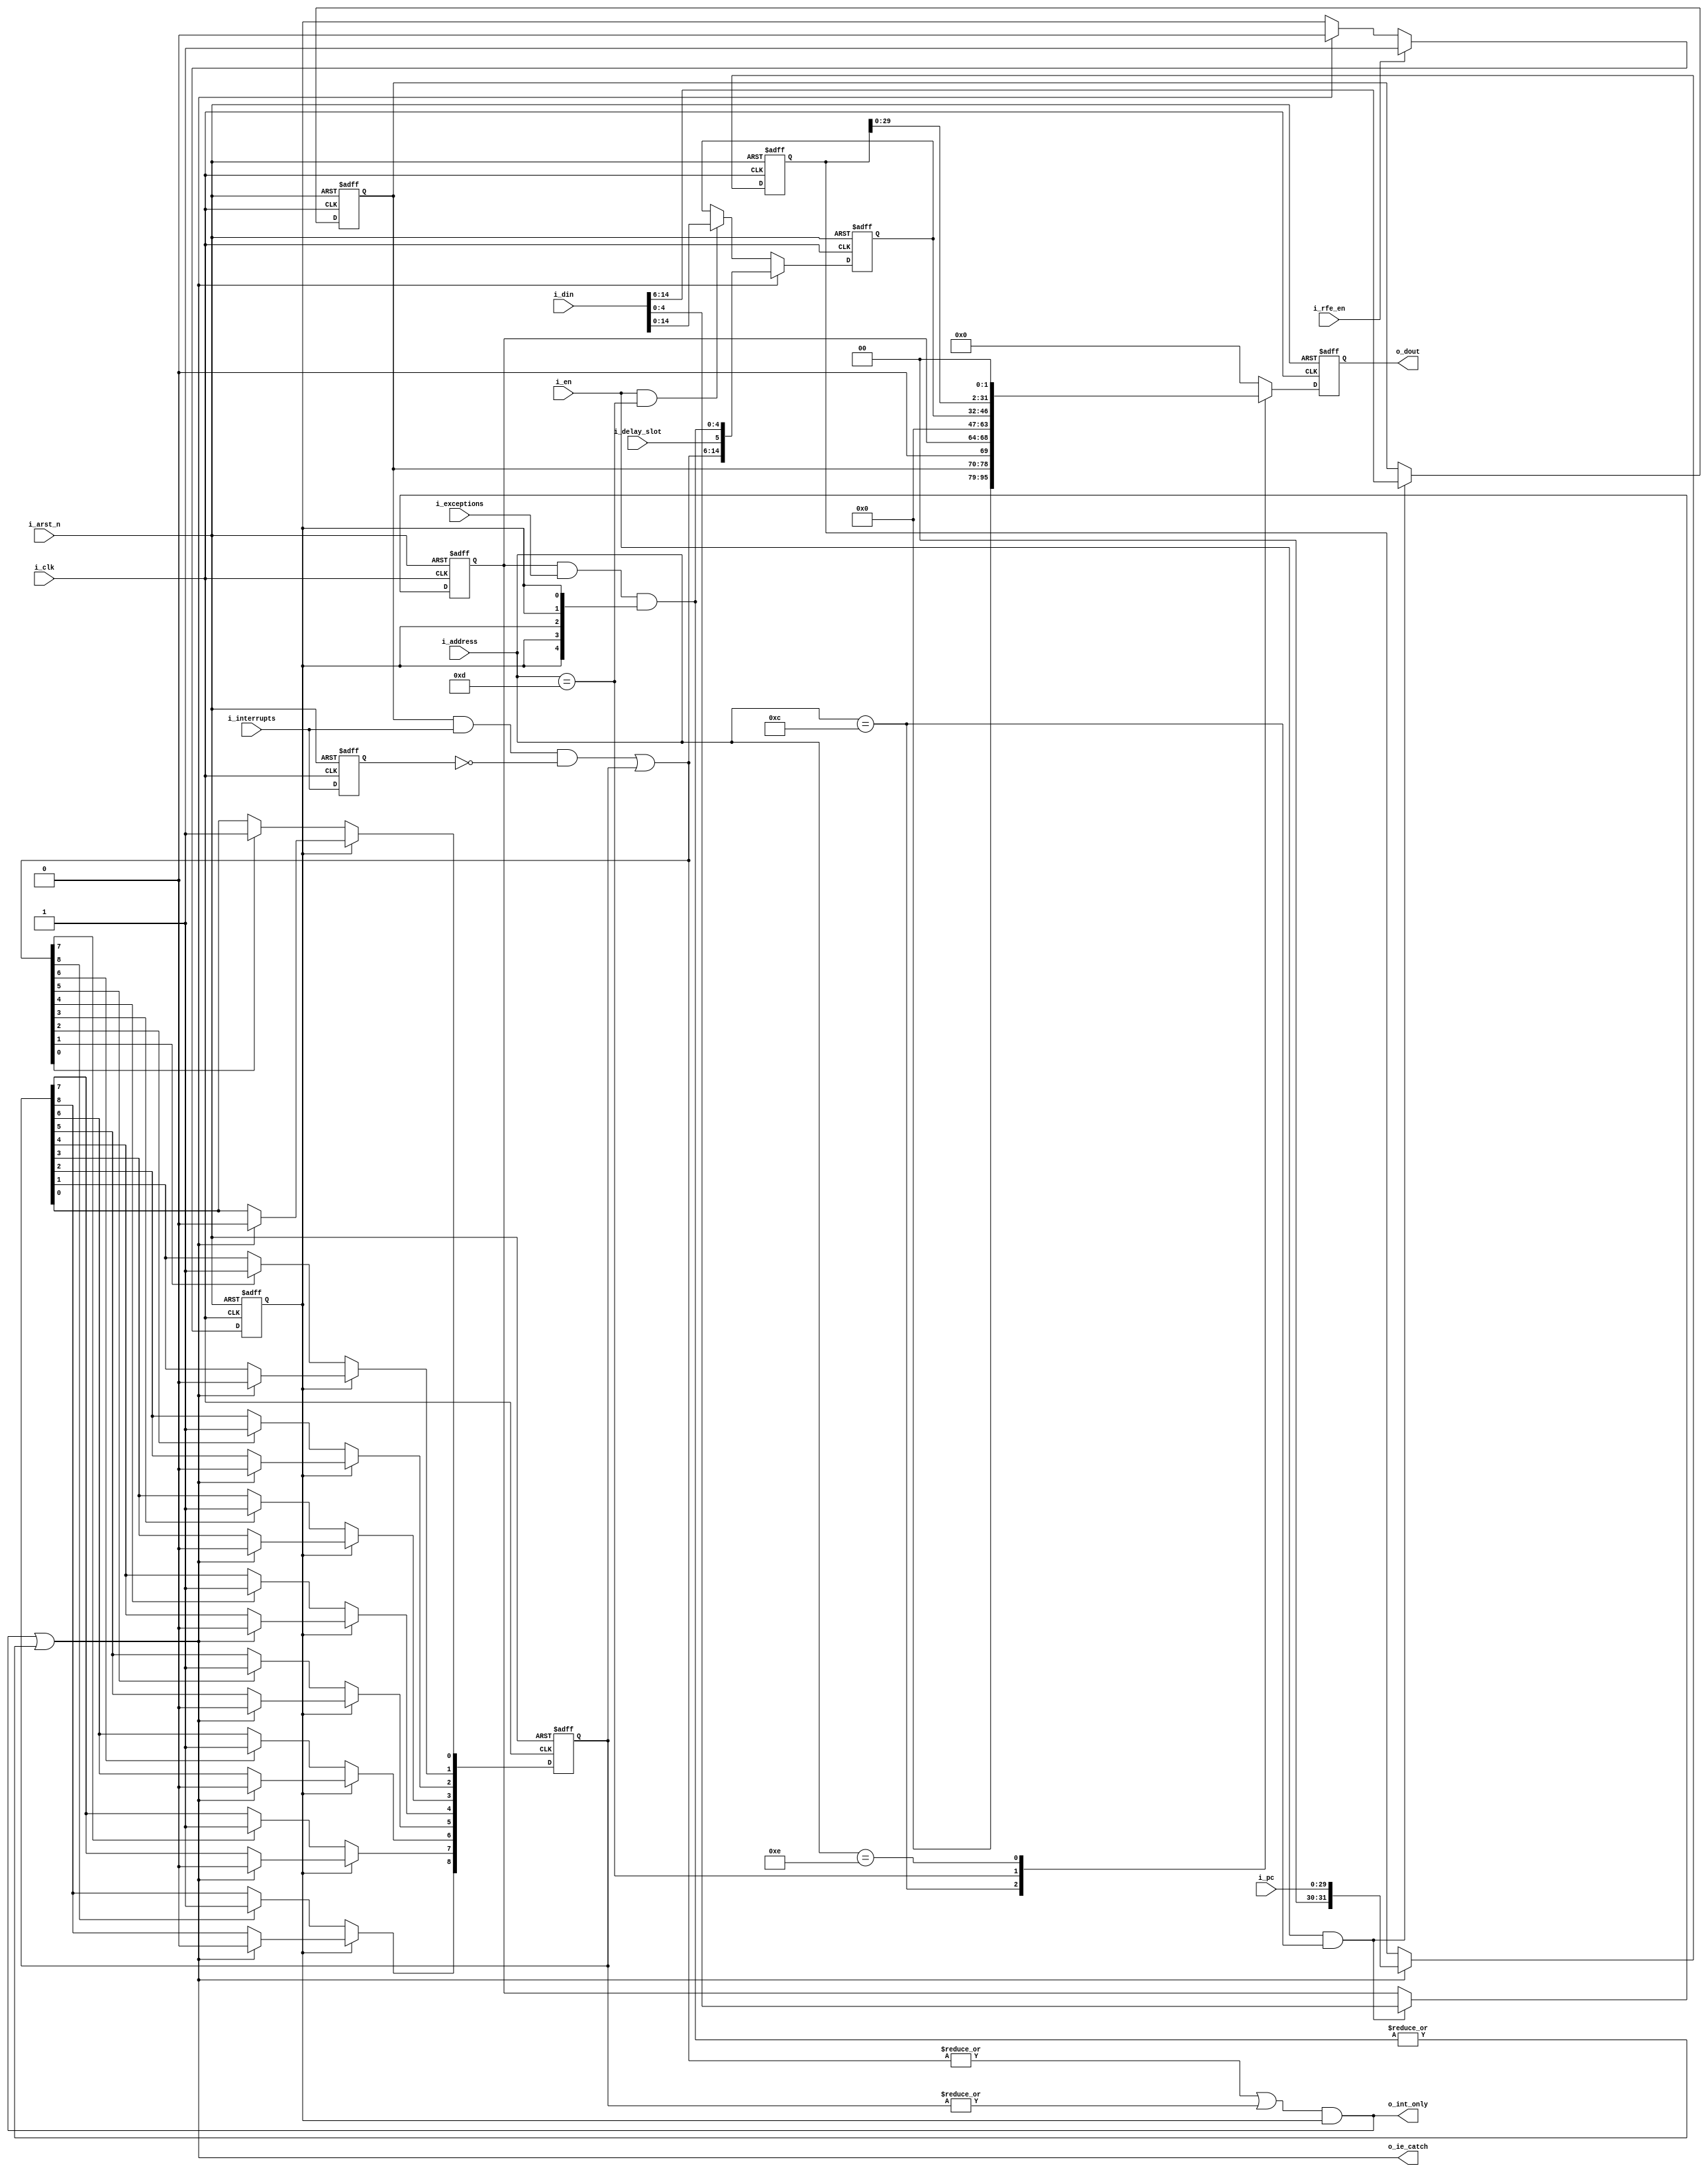
//////////////////////////////////////////////////////////////////////////
//description: control of interrupt & exeption                          //
//////////////////////////////////////////////////////////////////////////

`timescale 1ns/1ps

module coprocessor(i_clk, i_arst_n, i_en, i_address, i_din, i_rfe_en, 
                    i_interrupts, i_delay_slot, i_exceptions,
                    i_pc,
                    o_dout, o_ie_catch, o_int_only);

  parameter DATA_WIDTH = 32;
  parameter PC_WIDTH = 30;
  parameter REG_ADDR_WIDTH = 5;
	parameter	N_INTS = 9;

  //Port declaration
  input                           i_clk;
  input                           i_arst_n;
  input                           i_en;             //enable write
  input [REG_ADDR_WIDTH - 1 : 0]  i_address;
  input [DATA_WIDTH - 1 : 0]      i_din;

  input                           i_rfe_en;            //return from exeption(interrupt)

	input [4 : 0] 									i_exceptions;
	input 													i_delay_slot;
	input [N_INTS - 1 : 0]	 				i_interrupts;


  input [PC_WIDTH - 1 : 0]        i_pc;

  output reg [DATA_WIDTH - 1 : 0] o_dout;

  output                          o_ie_catch;
  output                          o_int_only;     //interrupt received

  //--------------------------internal variable--------------------------
  localparam  QUANTITY_INT = 6 + N_INTS; 

  localparam  STATUS_ADDR = 5'd12,
              CAUSE_ADDR = 5'd13,
              EPC_ADDR = 5'd14;

	integer i;

  reg  [4 : 0] 								mask_exceptions;
  reg  [N_INTS - 1 : 0] 			mask_interrupts;
  reg                         int_all_en;

	reg  [N_INTS - 1 : 0] 			interrupts_ff;
  wire  [4 : 0] 							cause_exceptions;
  wire  [N_INTS - 1 : 0] 			cause_interrupts;
  reg  [N_INTS - 1 : 0] 			pending_interrupts;
  reg  [QUANTITY_INT - 1 : 0] cause;

  reg  [DATA_WIDTH - 1 : 0]   dout_nxt;
	reg [DATA_WIDTH - 1 : 0] 		o_epc;

  //----------------------------------------------------------------------------------------------------------
 	//for detectings front
  always @(posedge i_clk, negedge i_arst_n) begin
		if(!i_arst_n)
			interrupts_ff <= {N_INTS{1'b0}};
		else
			interrupts_ff <= i_interrupts;
	end
	
	assign cause_exceptions = mask_exceptions & i_exceptions & {5{int_all_en}};
	assign cause_interrupts = (mask_interrupts & i_interrupts & ~interrupts_ff) | pending_interrupts;
  assign o_int_only = (|cause_interrupts | (|pending_interrupts)) & int_all_en;
	assign o_ie_catch = o_int_only | (|cause_exceptions);     

  //flip-flop which control all interrupt is allowed or not
  //order is important
  always @(posedge i_clk, negedge i_arst_n) begin
    if(!i_arst_n)
      int_all_en <= 1;
    else if(i_rfe_en)
      int_all_en <= 1;
    else if(o_ie_catch)
      int_all_en <= 0;    //if detect interrupt, than int_all_en = 0
  end

  //what interrupt is allowed
  always @(posedge i_clk, negedge i_arst_n) begin
    if(!i_arst_n) begin
      mask_interrupts <= {N_INTS{1'b1}};
      mask_exceptions <= 5'h1f;
    end else if(i_en & (i_address == STATUS_ADDR)) begin
      mask_interrupts <= i_din[QUANTITY_INT - 1 : 6];
      mask_exceptions <= i_din[4 : 0];
		end
  end
	
	always @(posedge i_clk, negedge i_arst_n) begin
		if(!i_arst_n)
			pending_interrupts <= {N_INTS{1'b0}};
		else begin
			
			if(~int_all_en) begin
				for(i = 0; i < N_INTS; i = i + 1)
					if(cause_interrupts[i])
      			pending_interrupts[i] <= 1'b1;
			end else if(o_ie_catch)
				pending_interrupts <= {N_INTS{1'b0}};
		end
	end

  //what interrupt received
  always @(posedge i_clk, negedge i_arst_n) begin
    if(!i_arst_n)
      cause <= 0;
    else begin

			//exceptions updates only if it is not a handler of int. or exec.
			if(o_ie_catch)
				cause <= {cause_interrupts, i_delay_slot, cause_exceptions};
		
			//allow to make zeros for cause register	
		 	else if(i_en & (i_address == CAUSE_ADDR))
				cause <= i_din[QUANTITY_INT - 1 : 0];
				
		end
  end

  always @(posedge i_clk, negedge i_arst_n) begin
    if(!i_arst_n)
      o_epc <= 0;
    else begin
			if(o_ie_catch)
      	o_epc <= i_pc;
//			else if(i_en & (i_address == EPC_ADDR))
//				o_epc <= i_din[DATA_WIDTH - 1 : 2];    //TODO:here we can receive error: 2lsb need check
		end		
  end

  //generate data out for command(mfc0)
  always @* begin
    dout_nxt = 'h0;
    case(i_address)
      STATUS_ADDR:  dout_nxt = { {DATA_WIDTH - QUANTITY_INT - 1{1'b0}}, mask_interrupts, 1'b0, mask_exceptions};
      CAUSE_ADDR: 	dout_nxt = { {DATA_WIDTH - QUANTITY_INT{1'b0}}, cause};              //int receive
      EPC_ADDR:    	dout_nxt = {o_epc, 2'b00};                                                       
    endcase
  end

  always @(posedge i_clk, negedge i_arst_n) begin
    if(!i_arst_n)
      o_dout <= 0;
    else
      o_dout <= dout_nxt;
  end

endmodule